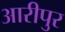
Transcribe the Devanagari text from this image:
आरीपुर